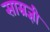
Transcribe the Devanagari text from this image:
साम्रज्ञी